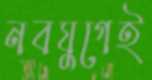
নবযুগেই